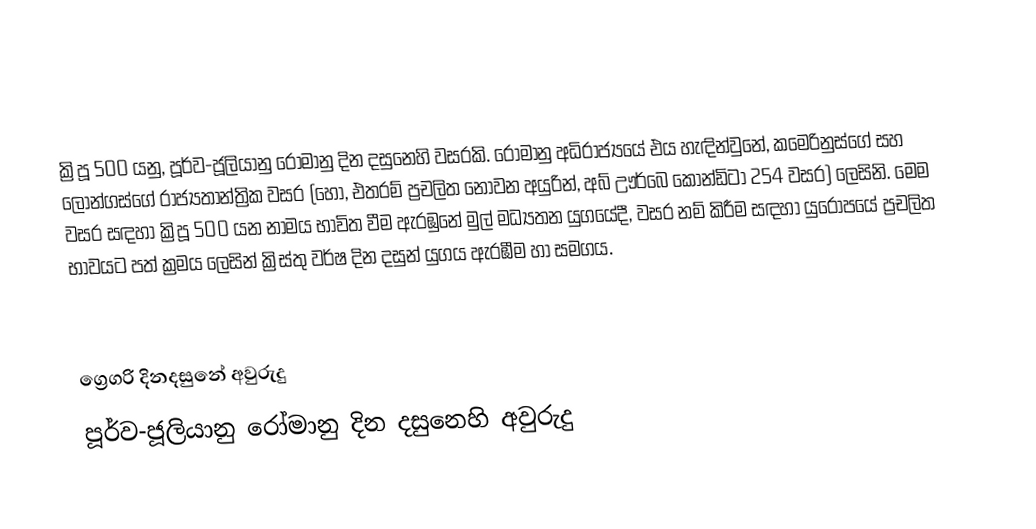

ක්‍රිපූ 500 යනු, පූර්ව-ජූලියානු රෝමානු දින දසුනෙහි වසරකි. රෝමානු අධිරාජ්‍යයේ එය හැඳින්වුනේ, කමෙරිනුස්ගේ සහ ලොන්ගස්ගේ රාජ්‍යතාන්ත්‍රික වසර (හෝ, එතරම් ප්‍රචලිත නොවන අයුරින්, අබ් ඌර්බෙ කෝන්ඩිටා 254 වසර) ලෙසිනි. මෙම වසර සඳහා ක්‍රිපූ 500 යන නාමය භාවිත වීම ඇරඹුනේ මුල්  මධ්‍යතන යුගයේදී, වසර නම් කිරීම සඳහා යුරෝපයේ ප්‍රචලිත භාවයට පත් ක්‍රමය ලෙසින් ක්‍රිස්තු වර්ෂ දින දසුන් යුගය ඇරඹීම හා සමගය.

ග්‍රෙගරි දිනදසුනේ අවුරුදු
පූර්ව-ජූලියානු රෝමානු දින දසුනෙහි අවුරුදු